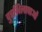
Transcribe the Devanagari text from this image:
दुरभिलाषाओं